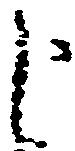
候